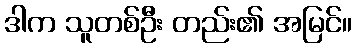
ဒါက သူတစ်ဦး တည်း၏ အမြင်။